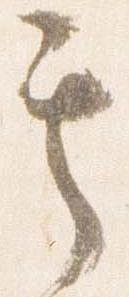
其